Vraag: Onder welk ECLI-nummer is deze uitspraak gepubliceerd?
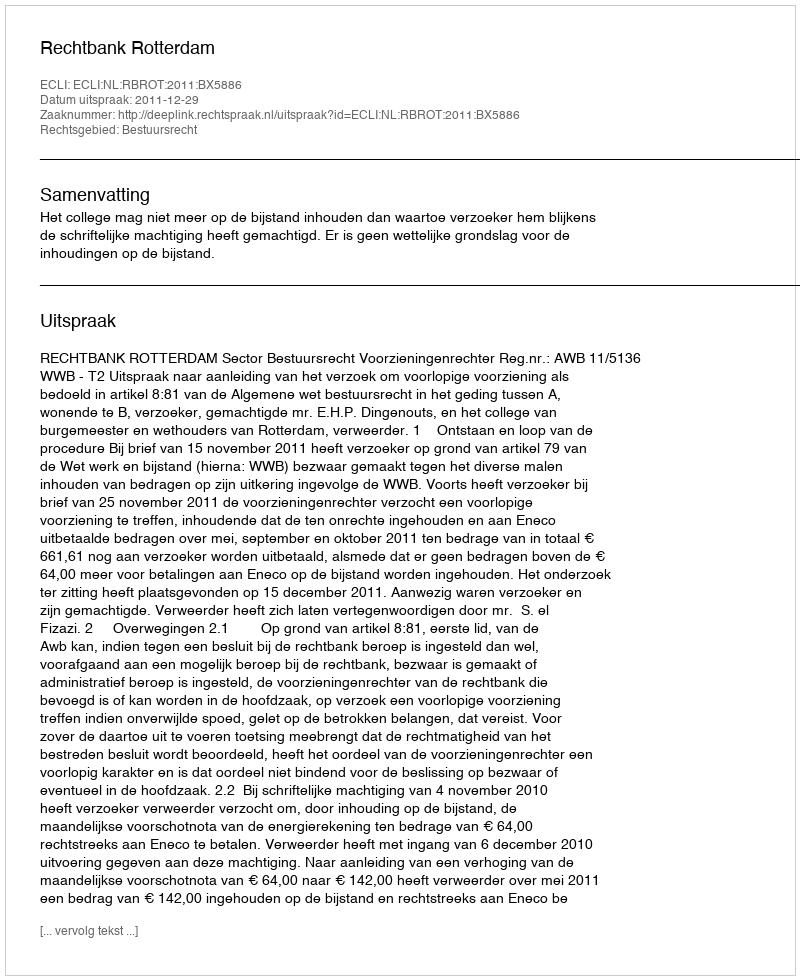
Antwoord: ECLI:NL:RBROT:2011:BX5886